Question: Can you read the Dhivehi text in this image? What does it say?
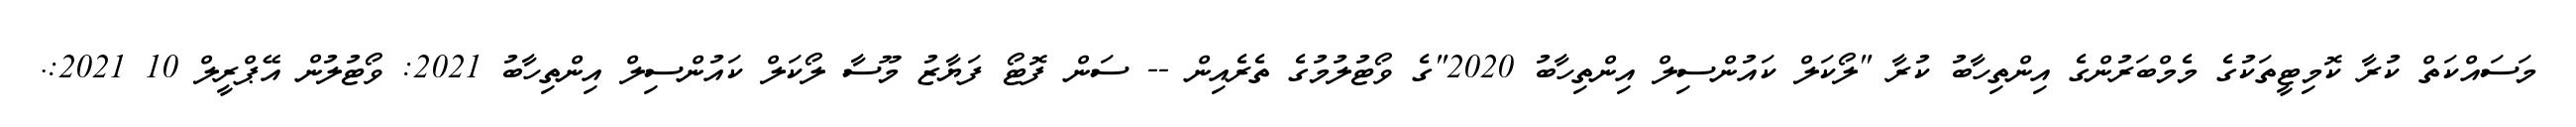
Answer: މަސައްކަތް ކުރާ ކޮމިޓީތަކުގެ މެމްބަރުންގެ އިންތިހާބު ކުރާ "ލޯކަލް ކައުންސިލް އިންތިހާބު 2020"ގެ ވޯޓުލުމުގެ ތެރެއިން -- ސަން ފޮޓޯ ފަޔާޒު މޫސާ ލޯކަލް ކައުންސިލް އިންތިހާބު 2021: ވޯޓުލުން އޭޕްރީލް 10 2021:.